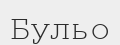
Бульо